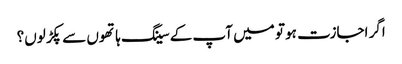
اگر اجازت ہو تو میں آپ کے سینگ ہاتھوں سے پکڑ لوں؟